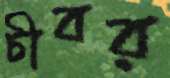
চীবর